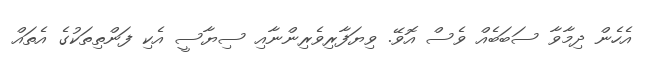
އެހެން ދިމާވާ ސަބަބެއް ވެސް އޮވޭ. ވިޔަފާރިވެރިންނާއި ސިޔާސީ އެކި ފަންތިތަކުގެ އެތައް